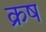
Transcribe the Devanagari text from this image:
क्रष